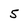
Character: 5